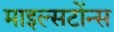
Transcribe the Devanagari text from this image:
माइल्सटोंन्स